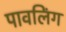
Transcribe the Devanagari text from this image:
पावलिंग